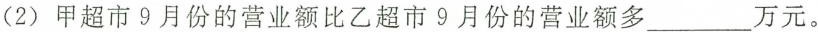
(2) 甲超市9月份的营业额比乙超市9月份的营业额多___万元。